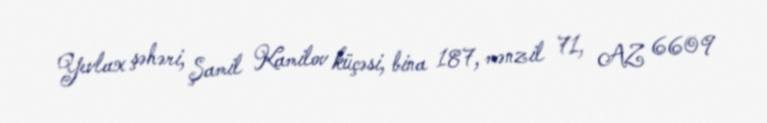
Yevlax şəhəri, Şamil Kamilov küçəsi, bina 187, mənzil 71, AZ 6609